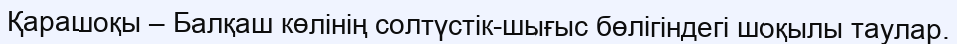
Қарашоқы – Балқаш көлінің солтүстік-шығыс бөлігіндегі шоқылы таулар.